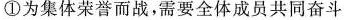
①为集体荣誉而战，需要全体成员共同奋斗